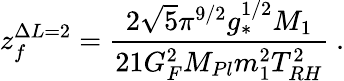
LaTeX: z_{f}^{\Delta L=2}=\frac{2\sqrt{5}\pi^{9/2}g_{*}^{1/2}M_{1}}{21G_{F}^{2}M_{Pl}m_{1}^{2}T_{RH}^{2}}\ .